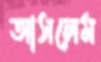
আসলেম